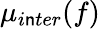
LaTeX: \mu_{i\mathsf{n}ter}(f)